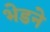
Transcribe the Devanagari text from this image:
भेडने